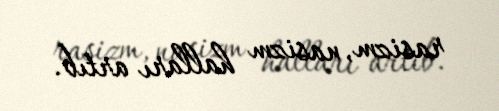
rasizm, nasizm halları artıb.